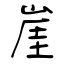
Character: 崖